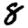
Digit: 8